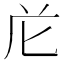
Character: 𭅐